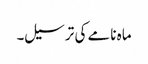
ماہ نامے کی ترسیل۔